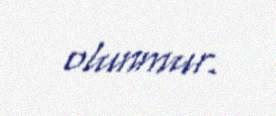
olunmur.